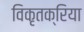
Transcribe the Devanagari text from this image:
विकृतक्रिया